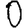
Digit: 0